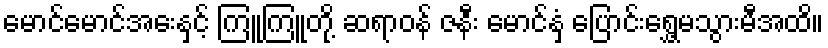
မောင်မောင်အေးနှင့် ကြူကြူတို့ ဆရာဝန် ဇနီး မောင်နှံ ပြောင်းရွှေ့မသွားမီအထိ။